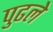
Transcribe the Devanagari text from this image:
पुढले